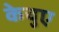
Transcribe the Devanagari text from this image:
केचुए